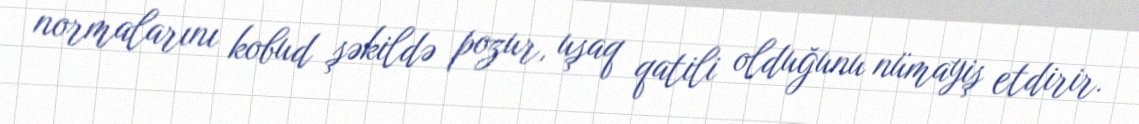
normalarını kobud şəkildə pozur, uşaq qatili olduğunu nümayiş etdirir.